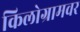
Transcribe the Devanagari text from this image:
किलोग्रामवर